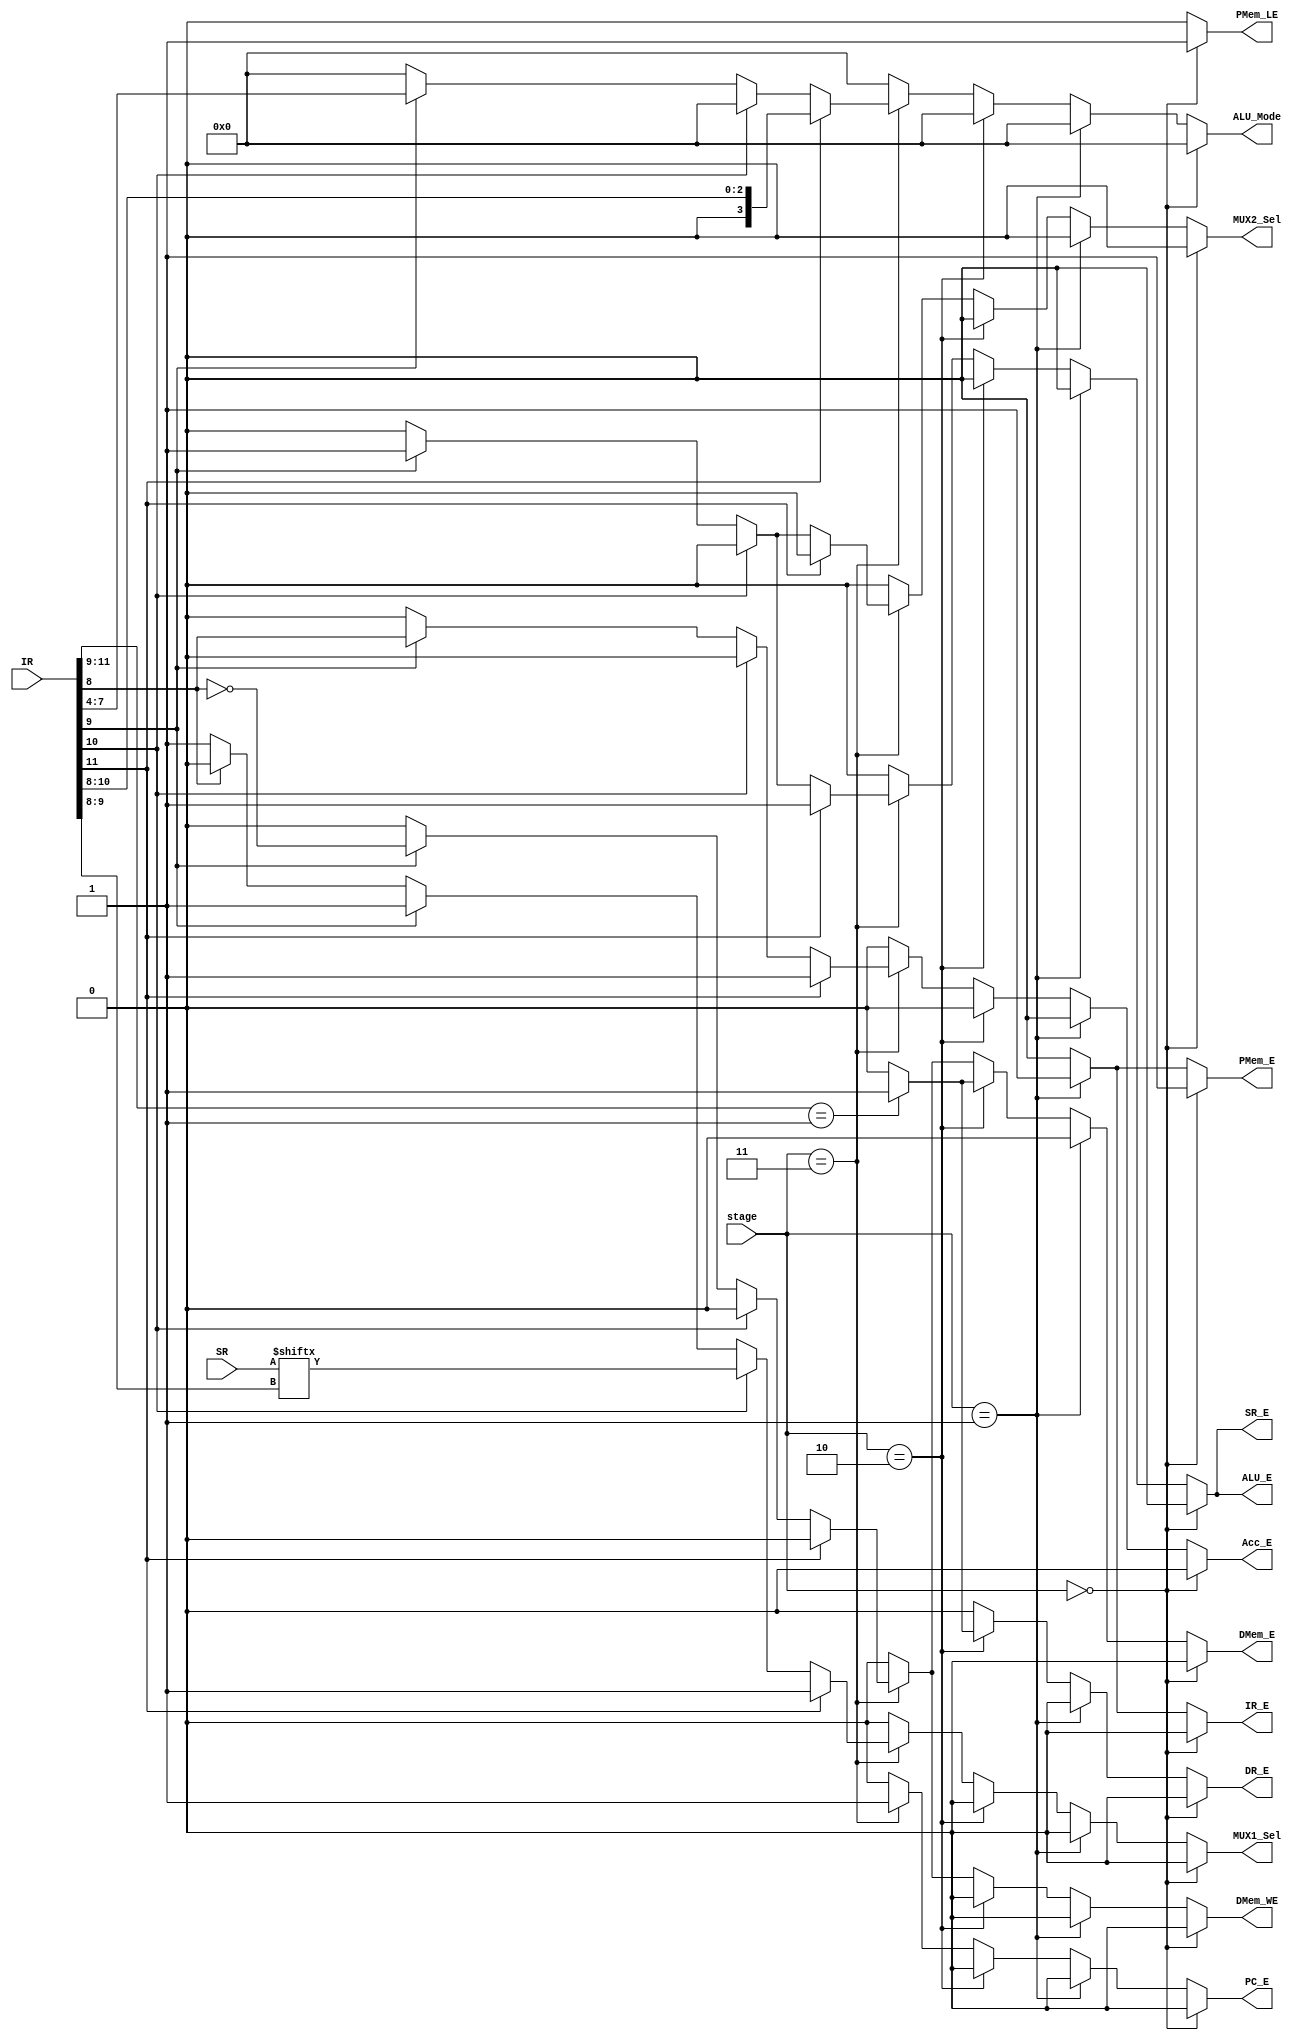
`timescale 1ns / 1ps
//////////////////////////////////////////////////////////////////////////////////
// Company: 
// 
// Design Name: 
// Module Name: ALU
// Project Name: 8 Bit Microcontroller using FPGA
// Target Devices: Xilinx Spartan 6 FPGA Board
// Tool Versions: 
// Description: See the report for detailed description and images related.
// 
// Dependencies: 
// 
// Revision:
// Revision 0.01 - File Created
// Additional Comments:
// 
//////////////////////////////////////////////////////////////////////////////////

module Control_Logic(
input[1:0] stage,
  input [11:0] IR,
  input [3:0] SR,
 output  reg PC_E,Acc_E,SR_E,IR_E,DR_E,PMem_E,DMem_E,DMem_WE,ALU_E,MUX1_Sel,MUX2_Sel,PMem_LE,
  output reg [3:0] ALU_Mode
    );
 parameter LOAD = 2'b00,FETCH = 2'b01, DECODE = 2'b10, EXECUTE = 2'b11;
 always @(*)
 begin
 PMem_LE = 0;
 PC_E = 0;
 Acc_E = 0;
 SR_E = 0;
 IR_E = 0;
 DR_E = 0;
 PMem_E = 0; 
 DMem_E = 0;
 DMem_WE = 0;
 ALU_E  =0; 
 ALU_Mode = 4'd0;
 MUX1_Sel = 0;
 MUX2_Sel = 0;
 if(stage== LOAD )
 begin
 PMem_LE = 1;
 PMem_E = 1; 
 end
 else if(stage== FETCH ) begin
 IR_E = 1; 
 PMem_E = 1;  
 end
 else if(stage== DECODE ) begin
 if( IR[11:9] == 3'b001) 
 begin
 DR_E = 1;
 DMem_E = 1;
 end
 else
 begin
 DR_E = 0;
 DMem_E = 0;
 end
 end
 else if(stage== EXECUTE ) 
 begin
 if(IR[11]==1) begin // ALU I-type
 PC_E = 1; 
 Acc_E = 1; 
 SR_E = 1;
 ALU_E = 1;
 ALU_Mode = IR[10:8];
 MUX1_Sel = 1;
 MUX2_Sel = 0; 
 end
 else if(IR[10]==1) // JZ, JC,JS, JO
 begin
 PC_E = 1; 
 MUX1_Sel = SR[IR[9:8]]; 
 end
 else if(IR[9]==1) 
 begin
 PC_E = 1; 
 Acc_E = IR[8]; 
 SR_E = 1;
 DMem_E = !IR[8];
 DMem_WE = !IR[8];
 ALU_E = 1;
 ALU_Mode = IR[7:4];
 MUX1_Sel = 1;
 MUX2_Sel = 1;
 end
 else if(IR[8]==0)
 begin
 PC_E = 1; 
 MUX1_Sel = 1; 
 end
 else
 begin
 PC_E = 1; 
 MUX1_Sel = 0; 
 end
 end
 end
endmodule